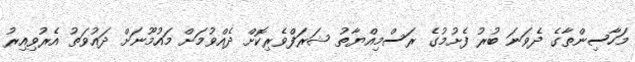
މަހާސިންތާގެ ދެވަނަ ބުރު ފެށުމުގެ ރަސްމިއްޔާތު ޝަރަފްވެރިކޮށް ދެއްވުމަށް މައުމޫނަށް ދައުވަތު އެރުވިއިރު